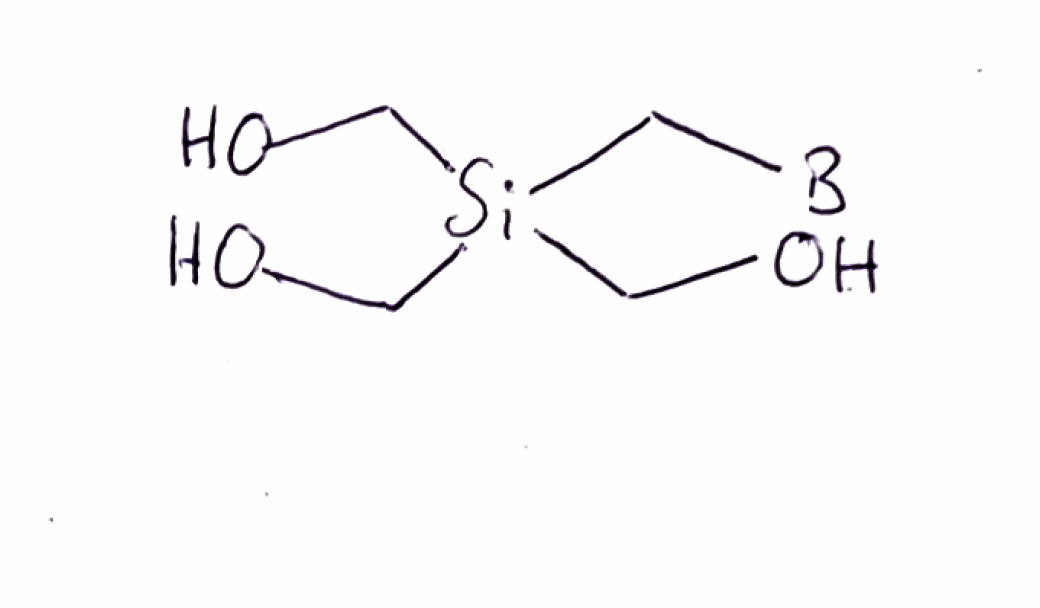
Simplified molecular-input line-entry system (SMILES) notation of the given molecule:
[B]C[Si](CO)(CO)CO